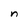
Character: n